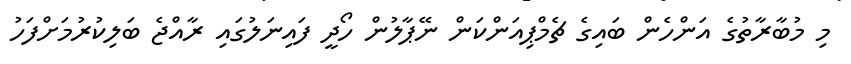
މި މުބާރާތުގެ އަންހެން ބައިގެ ޗެމްޕިއަންކަން ނޭޕާލުން ހޯދީ ފައިނަލުގައި ރާއްޖެ ބަލިކުރުމަށްފަހު